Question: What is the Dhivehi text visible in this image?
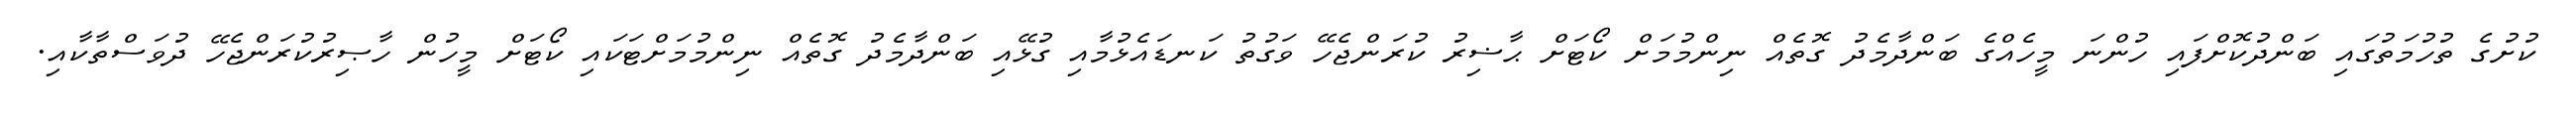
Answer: ކުށުގެ ތުހުމަތުގައި ބަންދުކޮށްފައި ހުންނަ މީހެއްގެ ބަންދާމެދު ގޮތެއް ނިންމުމަށް ކޯޓަށް ޙާޟިރު ކުރަންޖެހޭ ވަގުތު ކަނޑައެޅުމާއި ގުޅޭއި ބަންދާމެދު ގޮތެއް ނިންމުމަށްޓަކައި ކޯޓަށް މީހުން ހާޞިރުކުރަންޖެހޭ ދުވަސްތާކާއި.